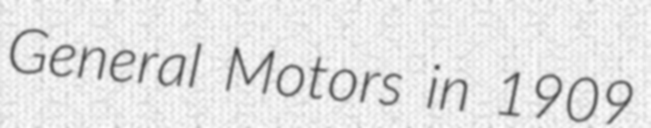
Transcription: General Motors in 1909